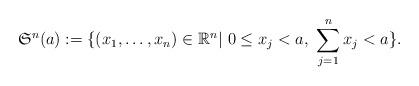
LaTeX: \begin{align*}\mathfrak S^n(a):=\{(x_1,\ldots,x_n) \in \mathbb R^n|\ 0\leq x_j< a,\ \sum_{j=1}^n x_j< a\}.\end{align*}